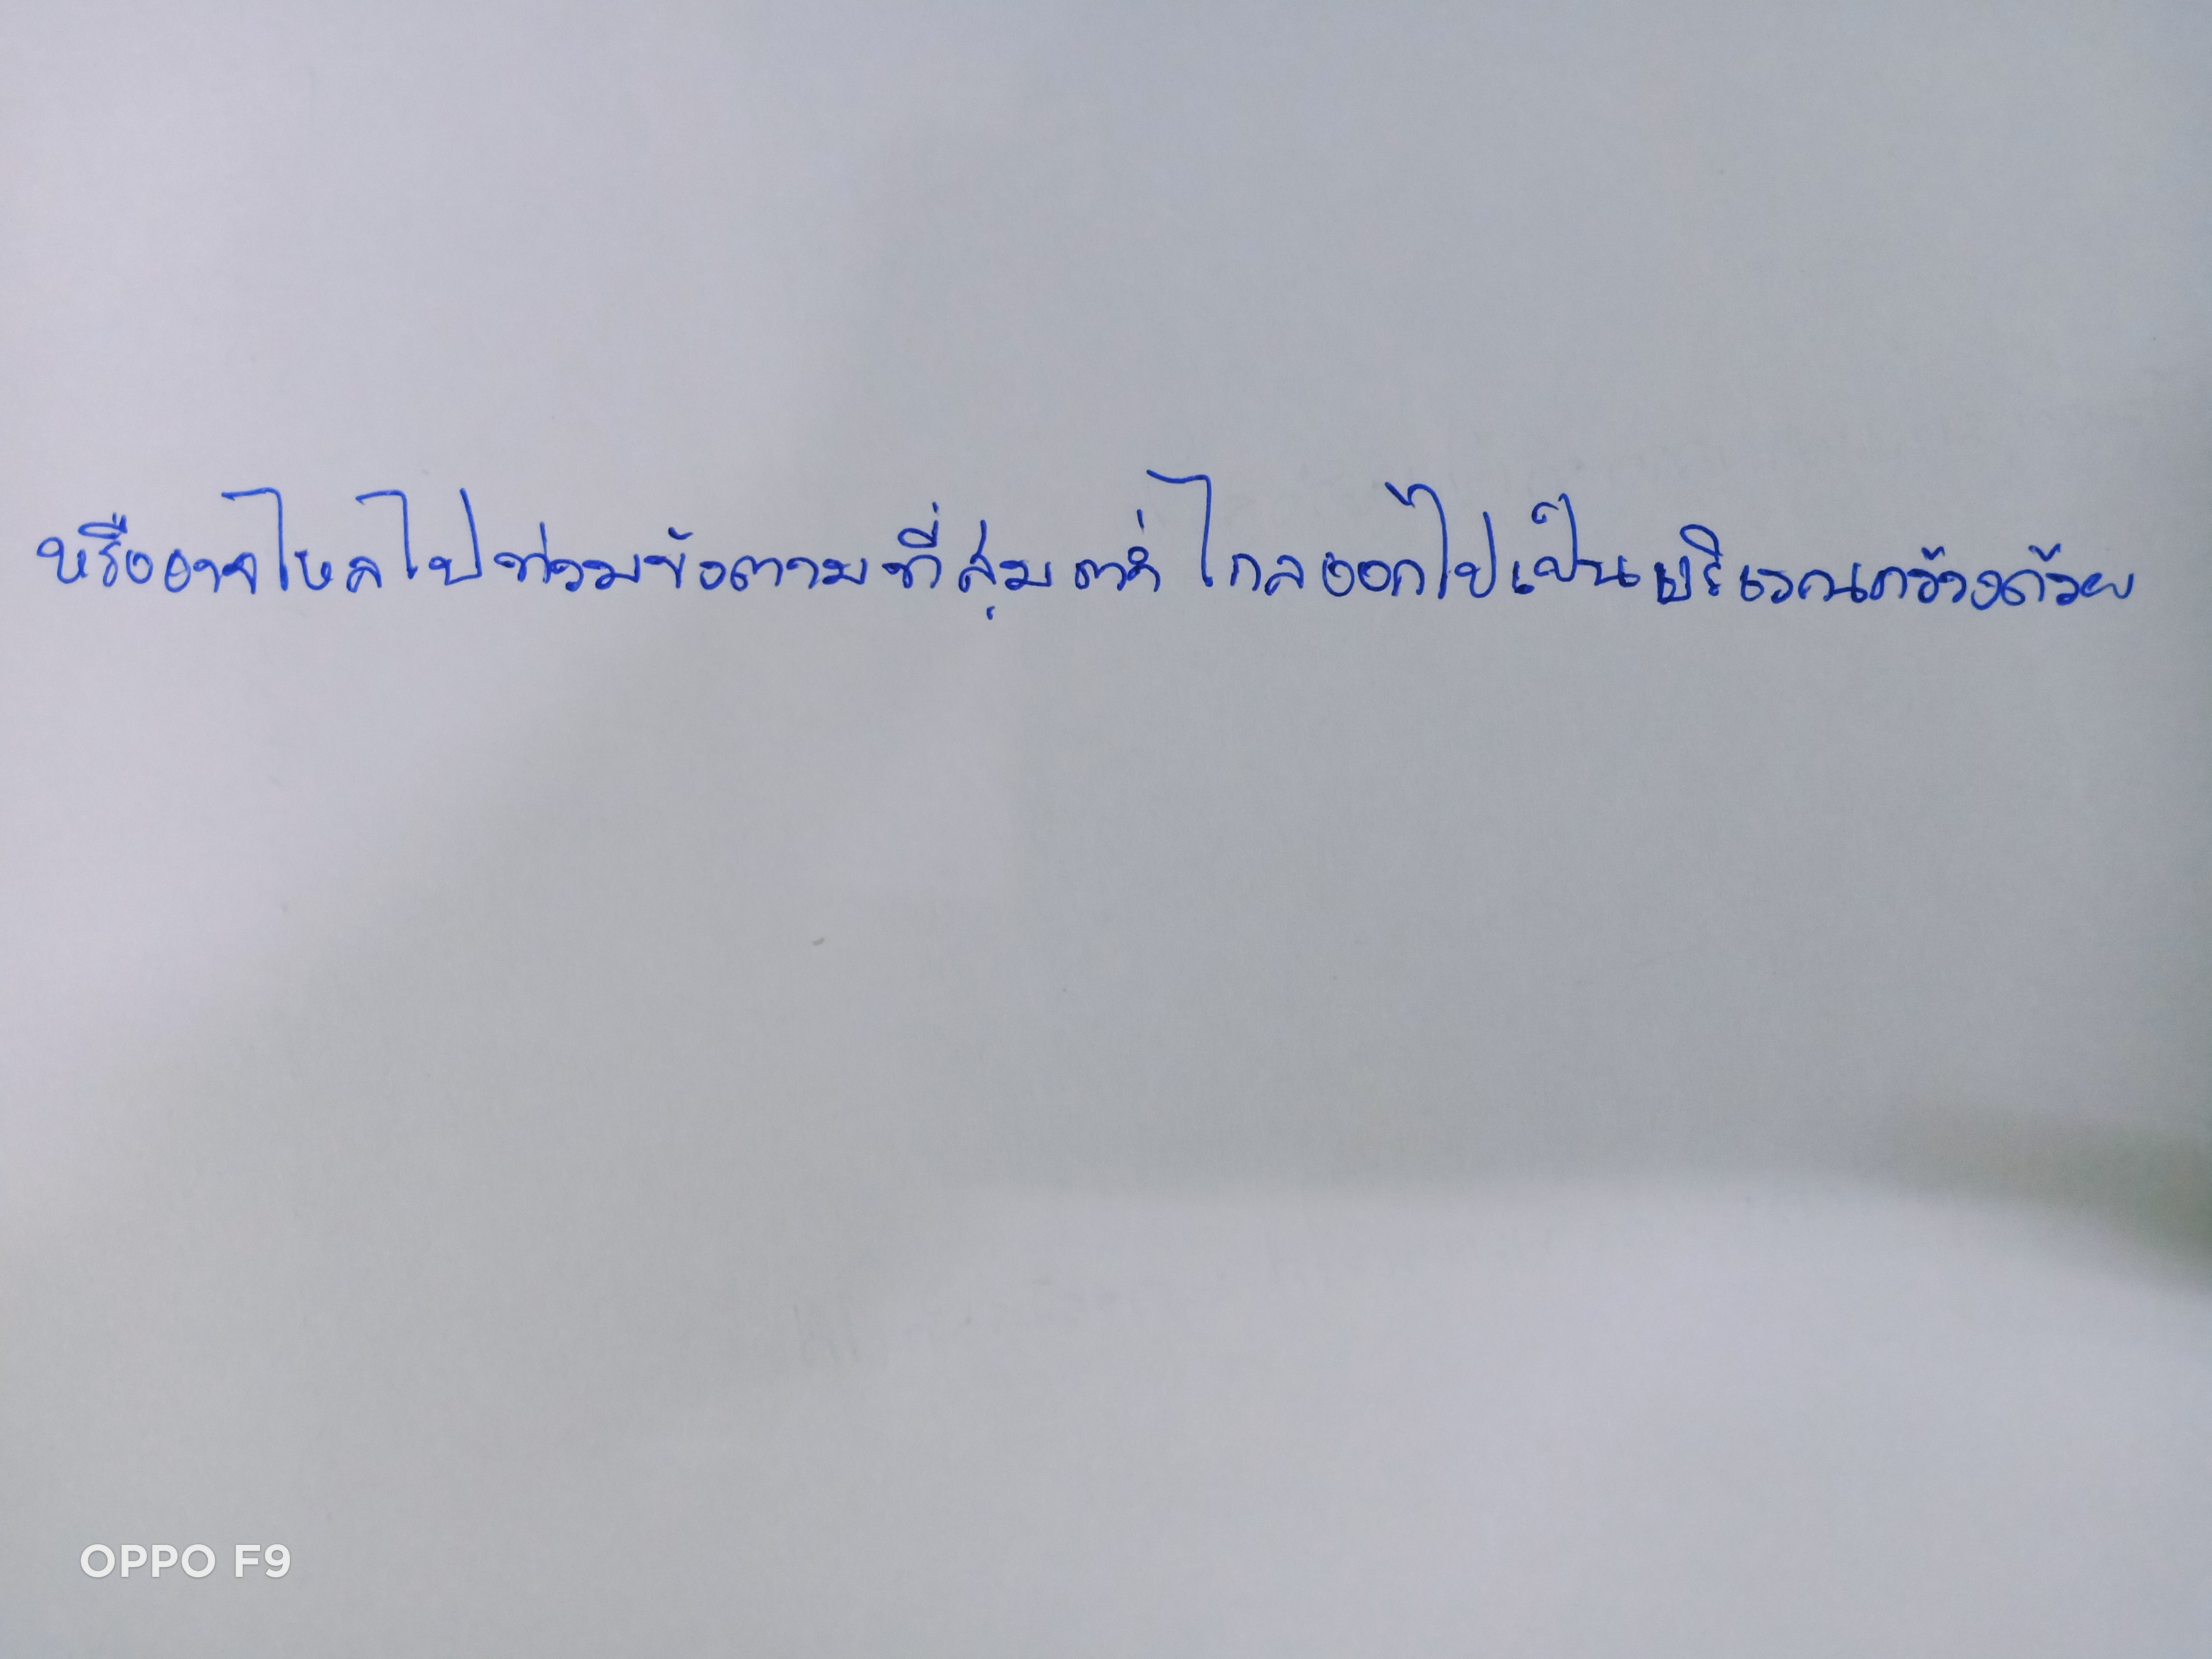
หรืออาจไหลไปท่วมขังตามที่ลุ่มต่ำไกลออกไปเป็นบริเวณกว้างด้วย